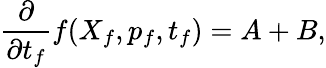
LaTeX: \frac{\partial}{\partial t_{f}}f(X_{f},p_{f},t_{f})=A+B,